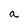
Character: a